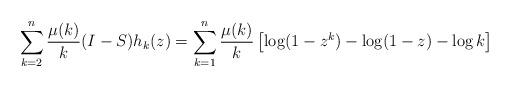
LaTeX: \begin{align*} \sum_{k=2}^n \frac{\mu(k)}{k} (I-S) h_k(z) = \sum_{k=1}^n \frac{\mu(k)}{k} \left[ \log(1-z^k) - \log(1-z) - \log k \right] \end{align*}